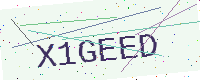
Text: X1GEED